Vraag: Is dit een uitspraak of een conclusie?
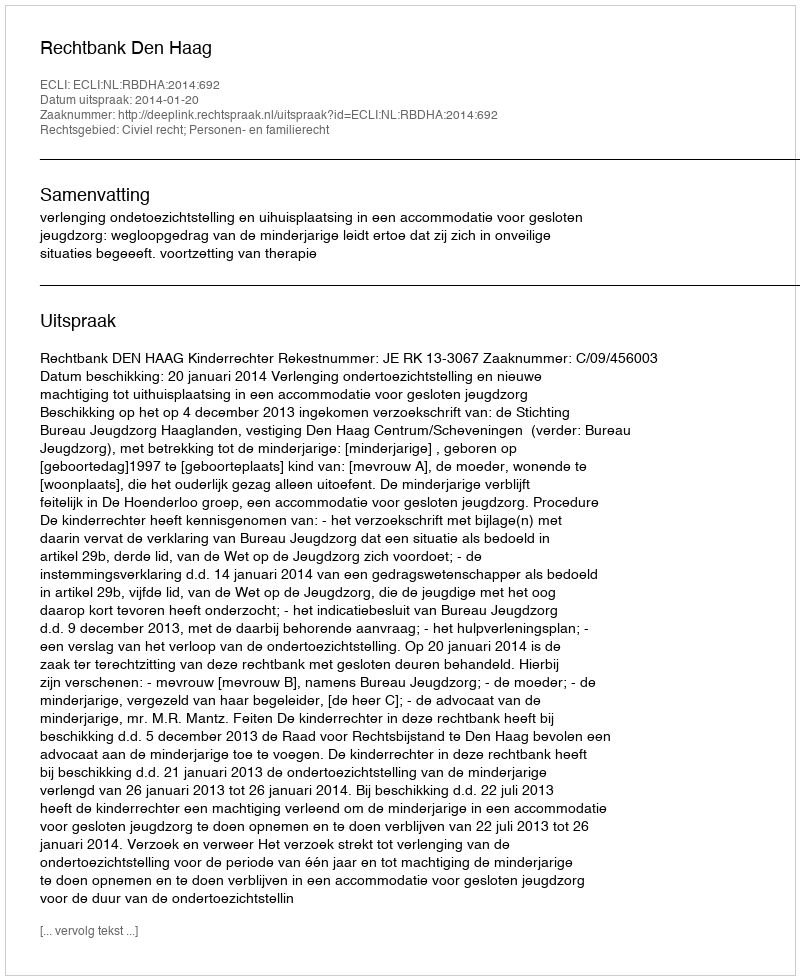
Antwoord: Uitspraak